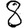
Digit: 8